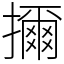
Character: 擟